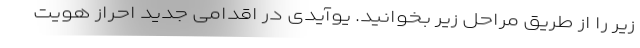
زیر را از طریق مراحل زیر بخوانید. یوآیدی در اقدامی جدید احراز هویت